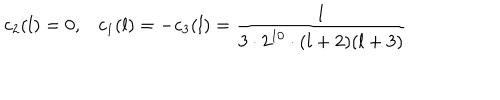
c _ { 2 } ( l ) = 0 , c _ { 1 } ( l ) = - c _ { 3 } ( l ) = { \frac { 1 } { 3 \cdot 2 ^ { 1 0 } \cdot ( l + 2 ) ( l + 3 ) } }